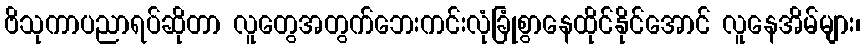
ဗိသုကာပညာရပ်ဆိုတာ လူတွေအတွက်ဘေးကင်းလုံခြုံစွာနေထိုင်နိုင်အောင် လူနေအိမ်များ၊